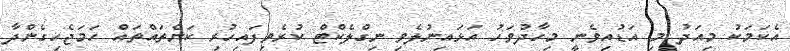
އެކަމަކު މިއަދު މި އަޑުއިވެނީ މިހާދުވަހު އަޅައިނުލެވި ނިގްލެކްޓް ކުރެވިފައިހުރި ކަންތައްތައް ހަމަޖެހިގެންދާ